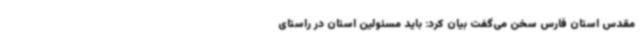
مقدس استان فارس سخن می‌گفت بیان کرد: باید مسئولین استان در راستای